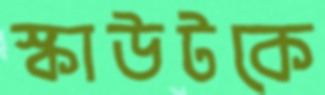
স্কাউটকে